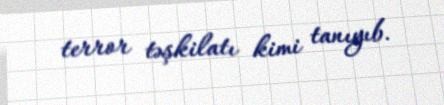
terror təşkilatı kimi tanıyıb.